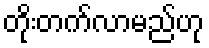
တိုးတက်လာမည်ဟု